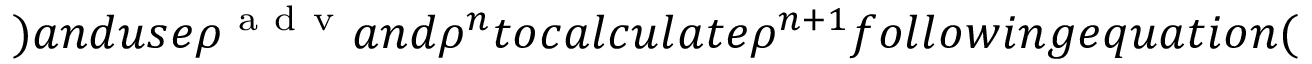
) a n d u s e \rho ^ { \mathrm { ~ a ~ d ~ v ~ } } a n d \rho ^ { n } t o c a l c u l a t e \rho ^ { n + 1 } f o l l o w i n g e q u a t i o n (